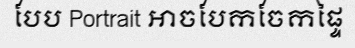
បែប Portrait អាចបែកចែកផ្ទៃ